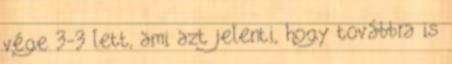
vége 3-3 lett, ami azt jelenti, hogy továbbra is